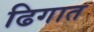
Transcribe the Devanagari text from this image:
ढिगात